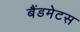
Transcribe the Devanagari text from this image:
बैंडमेटस